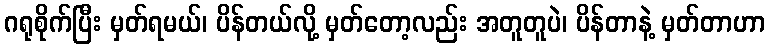
ဂရုစိုက်ပြီး မှတ်ရမယ်၊ ပိန်တယ်လို့ မှတ်တော့လည်း အတူတူပဲ၊ ပိန်တာနဲ့ မှတ်တာဟာ